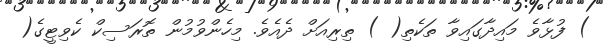
) ފުޅާވެ މައިދާގައިވާ ތަކެތި( ) ތިރިއަށް ދެއެވެ. މިހެންވުމުން ތޮރަސިކް ކެވިޓީގެ(